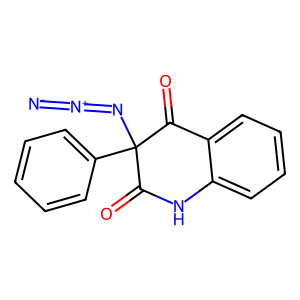
SMILES: [N-]=[N+]=NC1(c2ccccc2)C(=O)Nc2ccccc2C1=O
Inhibits HIV replication: No